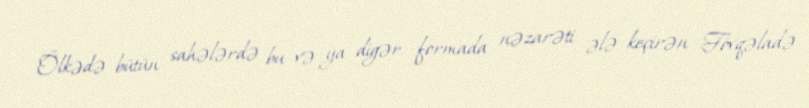
Ölkədə bütün sahələrdə bu və ya digər formada nəzarəti ələ keçirən Fövqəladə